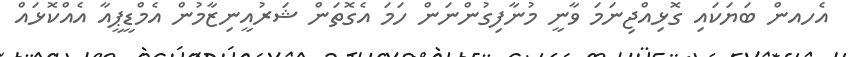
އެހއން ބަޔަކައި ގޮޅިއްޖިނަމަ ވާނީ މުނާފިގުންނަން ހަމަ އެގޮތަން ޝަރުއީނިޒާމުން އެމްޑީޕީއާ އެއްކޮޅައް